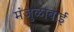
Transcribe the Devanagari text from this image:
मंजुळाबाई